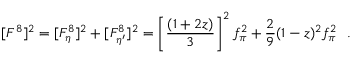
[ F ^ { 8 } ] ^ { 2 } = [ F _ { \eta } ^ { 8 } ] ^ { 2 } + [ F _ { \eta ^ { \prime } } ^ { 8 } ] ^ { 2 } = \left[ \frac { ( 1 + 2 z ) } { 3 } \right] ^ { 2 } f _ { \pi } ^ { 2 } + \frac { 2 } { 9 } ( 1 - z ) ^ { 2 } f _ { \pi } ^ { 2 } ~ ~ .